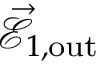
\vec { \mathcal { E } } _ { 1 , \mathrm { { o u t } } }